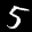
Label: 5